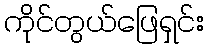
ကိုင်တွယ်ဖြေရှင်း